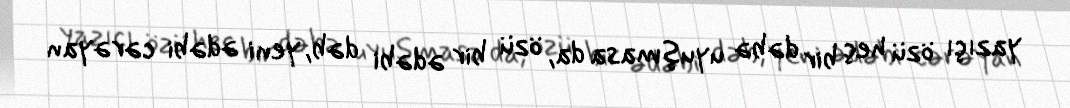
yazıçı özü heç bir dəbə uyuşmasa da, özü bir ədəbi dəb, yeni ədəbi cərəyan